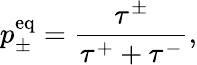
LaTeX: p_{\pm}^{\mathrm{eq}}=\frac{\tau^{\pm}}{\tau^{+}+\tau^{-}},